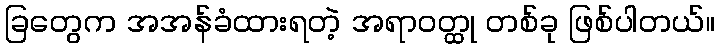
ခြတွေက အအန်ခံထားရတဲ့ အရာဝတ္ထု တစ်ခု ဖြစ်ပါတယ်။